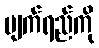
မျက်ရည်ကို